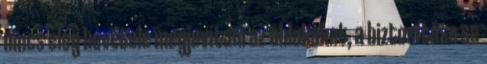
nincs elég bevétele megjavítani az ablakokat, a biztosítása se